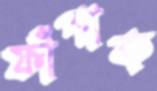
ফাঁপাক